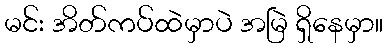
မင်း အိတ်ကပ်ထဲမှာပဲ အမြဲ ရှိနေမှာ။